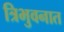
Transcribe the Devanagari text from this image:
त्रिभुवनात